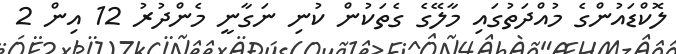
ލޮކްޑައުންގެ މުއްދަތުގައި މާލޭގެ ގެތަކުން ކުނި ނަގާނީ މެންދުރު 12 އިން 2